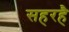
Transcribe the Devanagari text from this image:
सहरहै